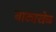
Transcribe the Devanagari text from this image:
नाट्यखेळ